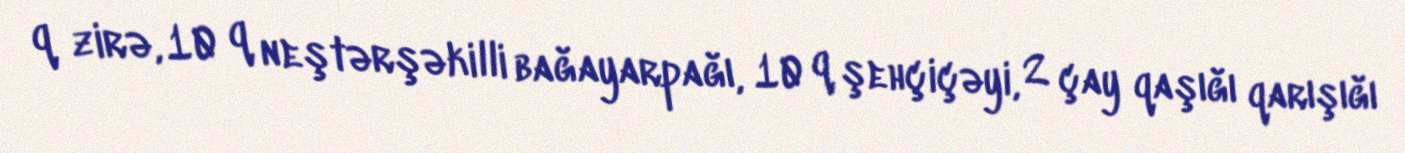
q zirə, 10 q neştərşəkilli bağayarpağı, 10 q şehçiçəyi, 2 çay qaşığı qarışığı